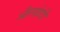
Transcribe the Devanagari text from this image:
औरछोटी